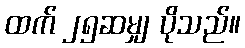
ထက် ၂၅ဆမျှ ပိုသည်။